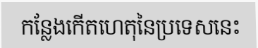
កន្លែងកើតហេតុនៃប្រទេសនេះ